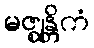
မဇ္ဈန္တိကံ